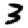
Digit: 3